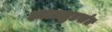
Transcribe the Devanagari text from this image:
झाडाझुडपांत